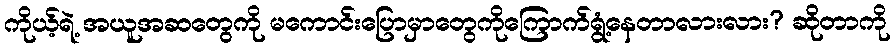
ကိုယ့်ရဲ့ အယူအဆတွေကို မကောင်းပြောမှာတွေကိုကြောက်ရွံ့နေတာလားလား? ဆိုတာကို